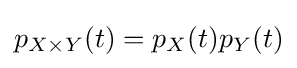
p_{X\times Y}(t)=p_{X}(t)p_{Y}(t)